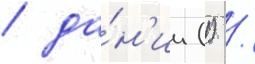
/ да́н'ии (1) /